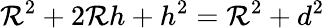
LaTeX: \mathcal{R}^{2}+2\mathcal{R}h+h^{2}=\mathcal{R}^{2}+d^{2}\,